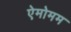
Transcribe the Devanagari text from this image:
ऐमोमम